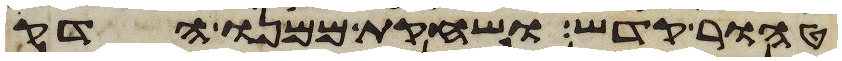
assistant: טהור קדש ושחקת ממנו הדק